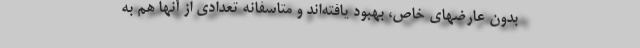
بدون عارضهای خاص، بهبود یافته‌اند و متاسفانه تعدادی از آنها هم به